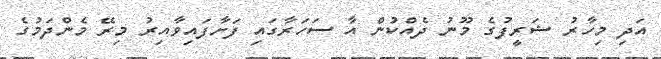
އަދި މިހާރު ޝަރީފުގެ މޫނު ދެއްކުން އާ ސަހަރާގައި ފަށާފައިވާއިރު މިރޭ މެންދަމުގެ